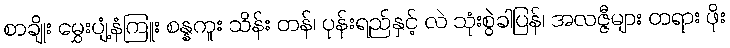
စာချိုး မွှေးပျံ့နံကြူး စန္နကူး သိန်း တန်၊ ပုန်းရည်နှင့် လဲ သုံးစွဲခါပြန်၊ အလဇ္ဇီများ တရား ဖိုး